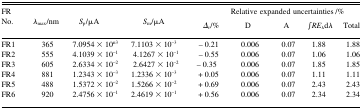
| <ROWSPAN=2> FR No. | <ROWSPAN=2> λmax/nm | <ROWSPAN=2> Sp/μA | <ROWSPAN=2> Sm/μA | <COLSPAN=5> Relative expanded uncertainties/% |
 | Δr/% | D | A | ∫REλdλ | Total |
 | --- | --- | --- | --- | --- | --- | --- | --- | --- |
 | FR1 | 365 | 7.0954 × 10n3 | 7.1103 × 10−3 | − 0.21 | 0.006 | 0.07 | 1.88 | 1.88 |
 | FR2 | 555 | 4.1039 × 10−1 | 4.1267 × 10−1 | − 0.55 | 0.006 | 0.07 | 1.06 | 1.06 |
 | FR3 | 605 | 2.6334 × 10−2 | 2.6427 × 10−2 | − 0.35 | 0.006 | 0.07 | 1.85 | 1.85 |
 | FR4 | 881 | 1.2343 × 10−3 | 1.2336 × 10−3 | + 0.05 | 0.006 | 0.07 | 1.11 | 1.11 |
 | FR5 | 488 | 1.5372 × 10−2 | 1.5266 × 10−2 | + 0.69 | 0.006 | 0.07 | 2.43 | 2.43 |
 | FR6 | 920 | 2.4756 × 10−1 | 2.4619 × 10−1 | + 0.56 | 0.006 | 0.07 | 2.34 | 2.34 |